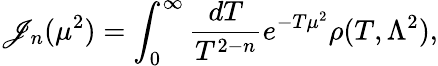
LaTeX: \mathscr{J}_{n}(\mu^{2})=\int_{0}^{\infty}\frac{{dT}}{{T^{2-n}}}e^{-T\mu^{2}}\rho(T,\Lambda^{2}),